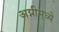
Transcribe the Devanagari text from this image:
अग्नीमध्ये